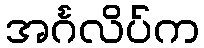
အင်္ဂလိပ်က